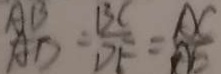
\frac { A B } { A D } = \frac { B C } { D E } = \frac { A C } { A E }